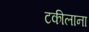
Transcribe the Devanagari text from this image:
टकीलाना